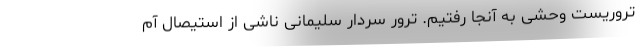
تروریست وحشی به آنجا رفتیم. ترور سردار سلیمانی ناشی از استیصال آم